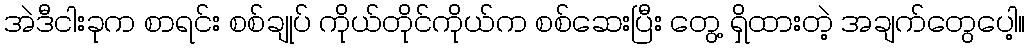
အဲဒီငါးခုက စာရင်း စစ်ချုပ် ကိုယ်တိုင်ကိုယ်က စစ်ဆေးပြီး တွေ့ ရှိထားတဲ့ အချက်တွေပေါ့။